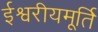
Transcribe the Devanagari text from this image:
ईश्वरीयमूर्ति